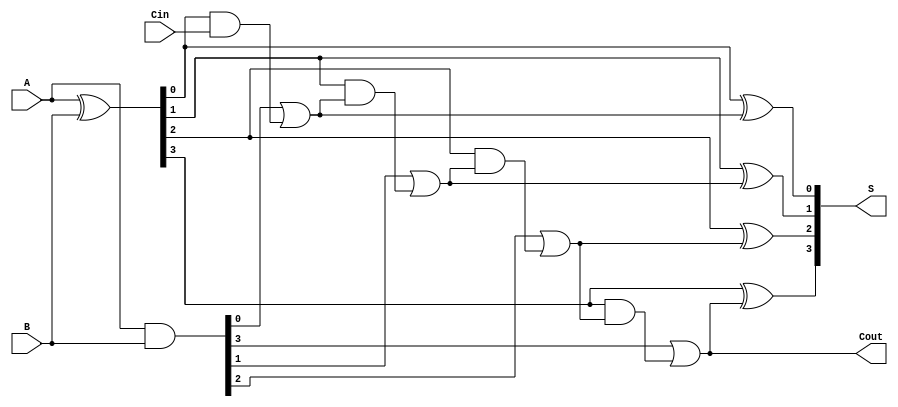
module LingAdder #(
    parameter N = 4 // Number of bits, can be adjusted
)(
    input [N-1:0] A,      // First n-bit input
    input [N-1:0] B,      // Second n-bit input
    input Cin,            // Carry-in
    output [N-1:0] S,     // Sum output
    output Cout           // Carry-out
);

    wire [N-1:0] P;       // Propagate signals
    wire [N-1:0] G;       // Generate signals
    wire [N:0] C;         // Carry signals

    // Generate and Propagate calculations
    assign P = A ^ B;     // P[i] = A[i] XOR B[i]
    assign G = A & B;     // G[i] = A[i] AND B[i]

    // Carry logic
    assign C[0] = G[0] | (P[0] & Cin); // Cout[0]
    
    genvar i;
    generate
        for (i = 1; i < N; i = i + 1) begin : carry_generation
            assign C[i] = G[i] | (P[i] & C[i-1]); // Cout[i]
        end
    endgenerate

    assign Cout = C[N-1]; // Final carry-out

    // Sum calculation
    generate
        for (i = 0; i < N; i = i + 1) begin : sum_calculation
            assign S[i] = P[i] ^ C[i]; // S[i] = P[i] XOR Cin (or carry from previous stage)
        end
    endgenerate

endmodule